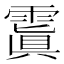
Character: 𩄚